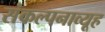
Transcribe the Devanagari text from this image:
संकल्पनाव्यूह